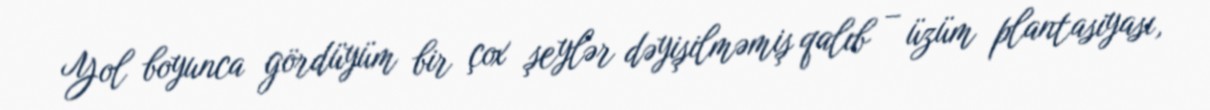
Yol boyunca gördüyüm bir çox şeylər dəyişilməmiş qalıb – üzüm plantasiyası,